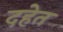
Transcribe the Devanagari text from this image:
दहेत